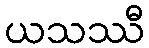
ယသဿီ